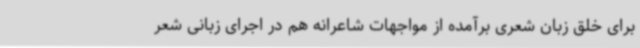
برای خلق زبان شعری برآمده‌ از مواجهات شاعرانه هم در اجرای زبانی شعر